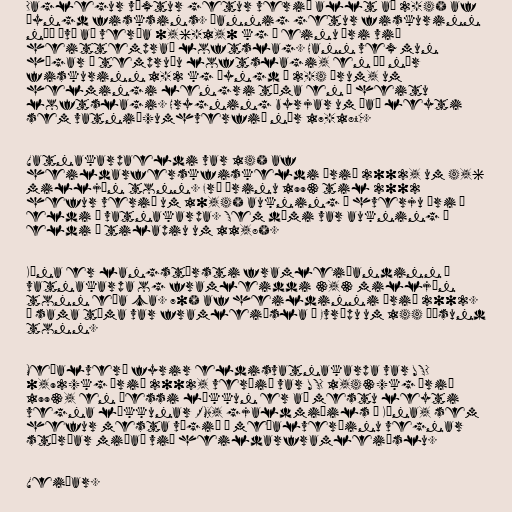
Daglegur vöxtur getur verið allt að 2-4% af
þyngd fisksins. Þannig getur fiskurinn
náð því að verða 0,6-1,0 kg á einu ári við
heittemprað loftslag. Hann vex mun
hægar í tempruðu loftslagi, en þá nær
fiskurinn 1-2 kg þyngd á 2-4 árum, um
helmingi lengri tíma en í heitu
loftslagi. Hrygning byrjar um það leyti
sem vatnið/umhverfið nær 17-18°C.

Vatnakarpaeldi var 14% af
heildarferskfiskeldi árið 2002, um 4,6
milljón tonn. Frá árinu 1993 til 2002
hefur verið um 10,4% aukning á hverju ári í
eldi á vatnakarpa. Sem dæmi var aukning á
eldi á tilapiu um 11,8%.

Kína er langstærsti framleiðandinn á
vatnakarpa og framleiddi 3,3 milljón
tonn eða ca. 70% af heildinni árið 2002.
Á sama tíma var framleiðsla í Evrópu um 144 þúsund
tonn.

Meðalverð fyrir eldisvatnakarpa var USD
0,92/kg árið 2002, verðið var USD 1,43/kg árið
1993, en þessi lækkun er að mestu leyti
vegna lækkunar RMB, gjaldmiðils í Kína, sem
hefur mesta vægið í meðalverðinu vegnar
stærðar miðað við heildarframleiðslu.

Veiðar.